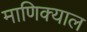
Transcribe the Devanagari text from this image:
माणिक्याल